Tezpur Lunatic Asylum reports 1895-1904 - 1895-1904
Year: 1895
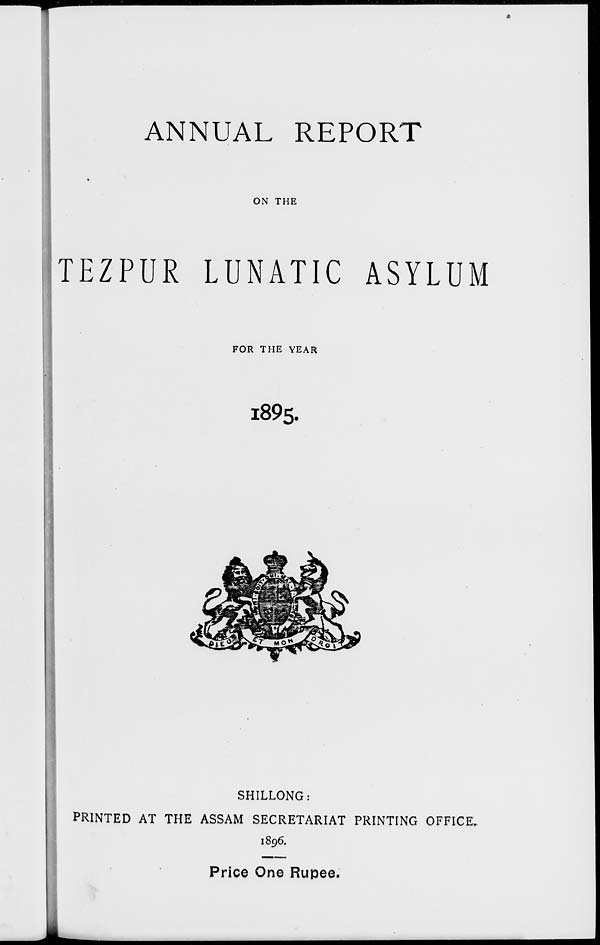
ANNUAL REPORT
ON THE
TEZPUR LUNATIC ASYLUM
FOR THE YEAR
1895.
SHILLONG:
PRINTED AT THE ASSAM SECRETARIAT PRINTING OFFICE,
1896.
Price One Rupee.